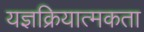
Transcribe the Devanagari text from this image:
यज्ञक्रियात्मकता